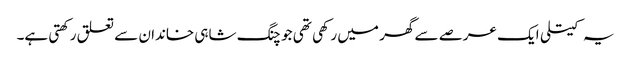
یہ کیتلی ایک عرصے سے گھر میں رکھی تھی جو چنگ شاہی خاندان سے تعلق رکھتی ہے۔